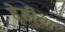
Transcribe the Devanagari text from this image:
हेडीचा